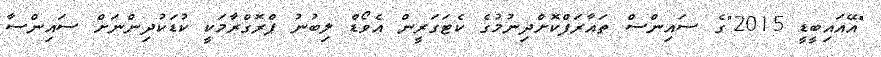
"އޭއައިބީޑީ 2015"ގެ ސައިންސް ތައާރަފްކޮށްދިނުމުގެ ކެޓަގަރީން އެވޯޑް ލިބުނު ޕްރޮގްރާމަކީ ކުޑަކުދިންނަށް ސައިންސާ